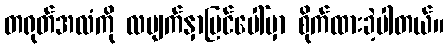
တရုတ်အလံကို လမျက်နှာပြင်ပေါ်မှာ စိုက်ထားခဲ့ပါတယ်။